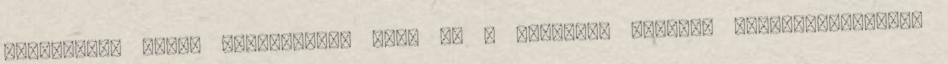
teremtett, amely fullasztóvá vált és a fiatalok számára életpályamodellé